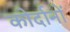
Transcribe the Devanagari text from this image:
कोर्दानों